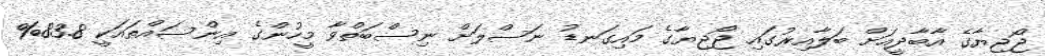
ޖޯޖިޔާގެ އާބާދީއަށް ބަލާއިރުގައި ޖޯޖިޔާގެ މައިގަނޑު ނަސްލަށް ނިސްބަތްވާ މީހުންގެ އިންސައްތައަކީ 83.8%